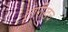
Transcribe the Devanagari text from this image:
तारीखच